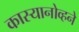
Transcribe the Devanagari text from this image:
कास्यानोव्हने